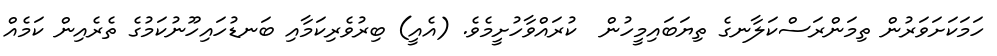
ހަމަކަށަވަރުން ތިމަންރަސްކަލާނގެ ތިޔަބައިމީހުން  ކުރައްވާހުށީމެވެ. (އެއީ) ބިރުވެރިކަމާއި ބަނޑުހައިހޫނުކަމުގެ ތެރެއިން ކަމެއް